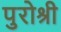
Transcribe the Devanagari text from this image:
पुरोश्री